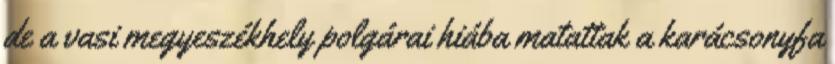
de a vasi megyeszékhely polgárai hiába matattak a karácsonyfa